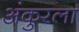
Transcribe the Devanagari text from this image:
अंकुरला